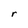
Character: r